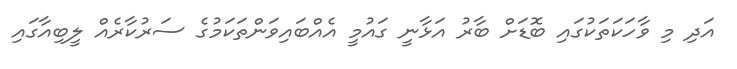
އަދި މި ވާހަކަތަކުގައި ބޮޑަށް ބާރު އަޅާނީ ގައުމީ އެއްބައިވަންތަކަމުގެ ސަރުކާރެއް ލީބިއާގައި